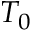
T _ { 0 }